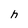
Character: h